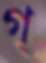
গ্